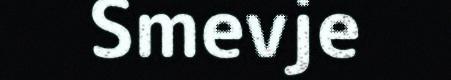
Smevje